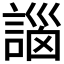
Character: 𧩣